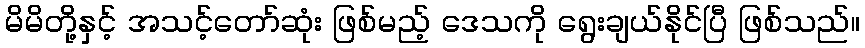
မိမိတို့နှင့် အသင့်တော်ဆုံး ဖြစ်မည့် ဒေသကို ရွေးချယ်နိုင်ပြီ ဖြစ်သည်။